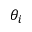
\theta _ { i }